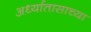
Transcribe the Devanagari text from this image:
अर्ध्यातासाच्या